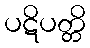
ပဋိပတ္တိ